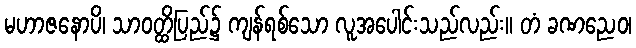
မဟာဇနောပိ၊ သာဝတ္ထိပြည်၌ ကျန်ရစ်သော လူအပေါင်းသည်လည်း။ တံ ခဏညေဝ၊